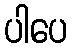
ပါပေ